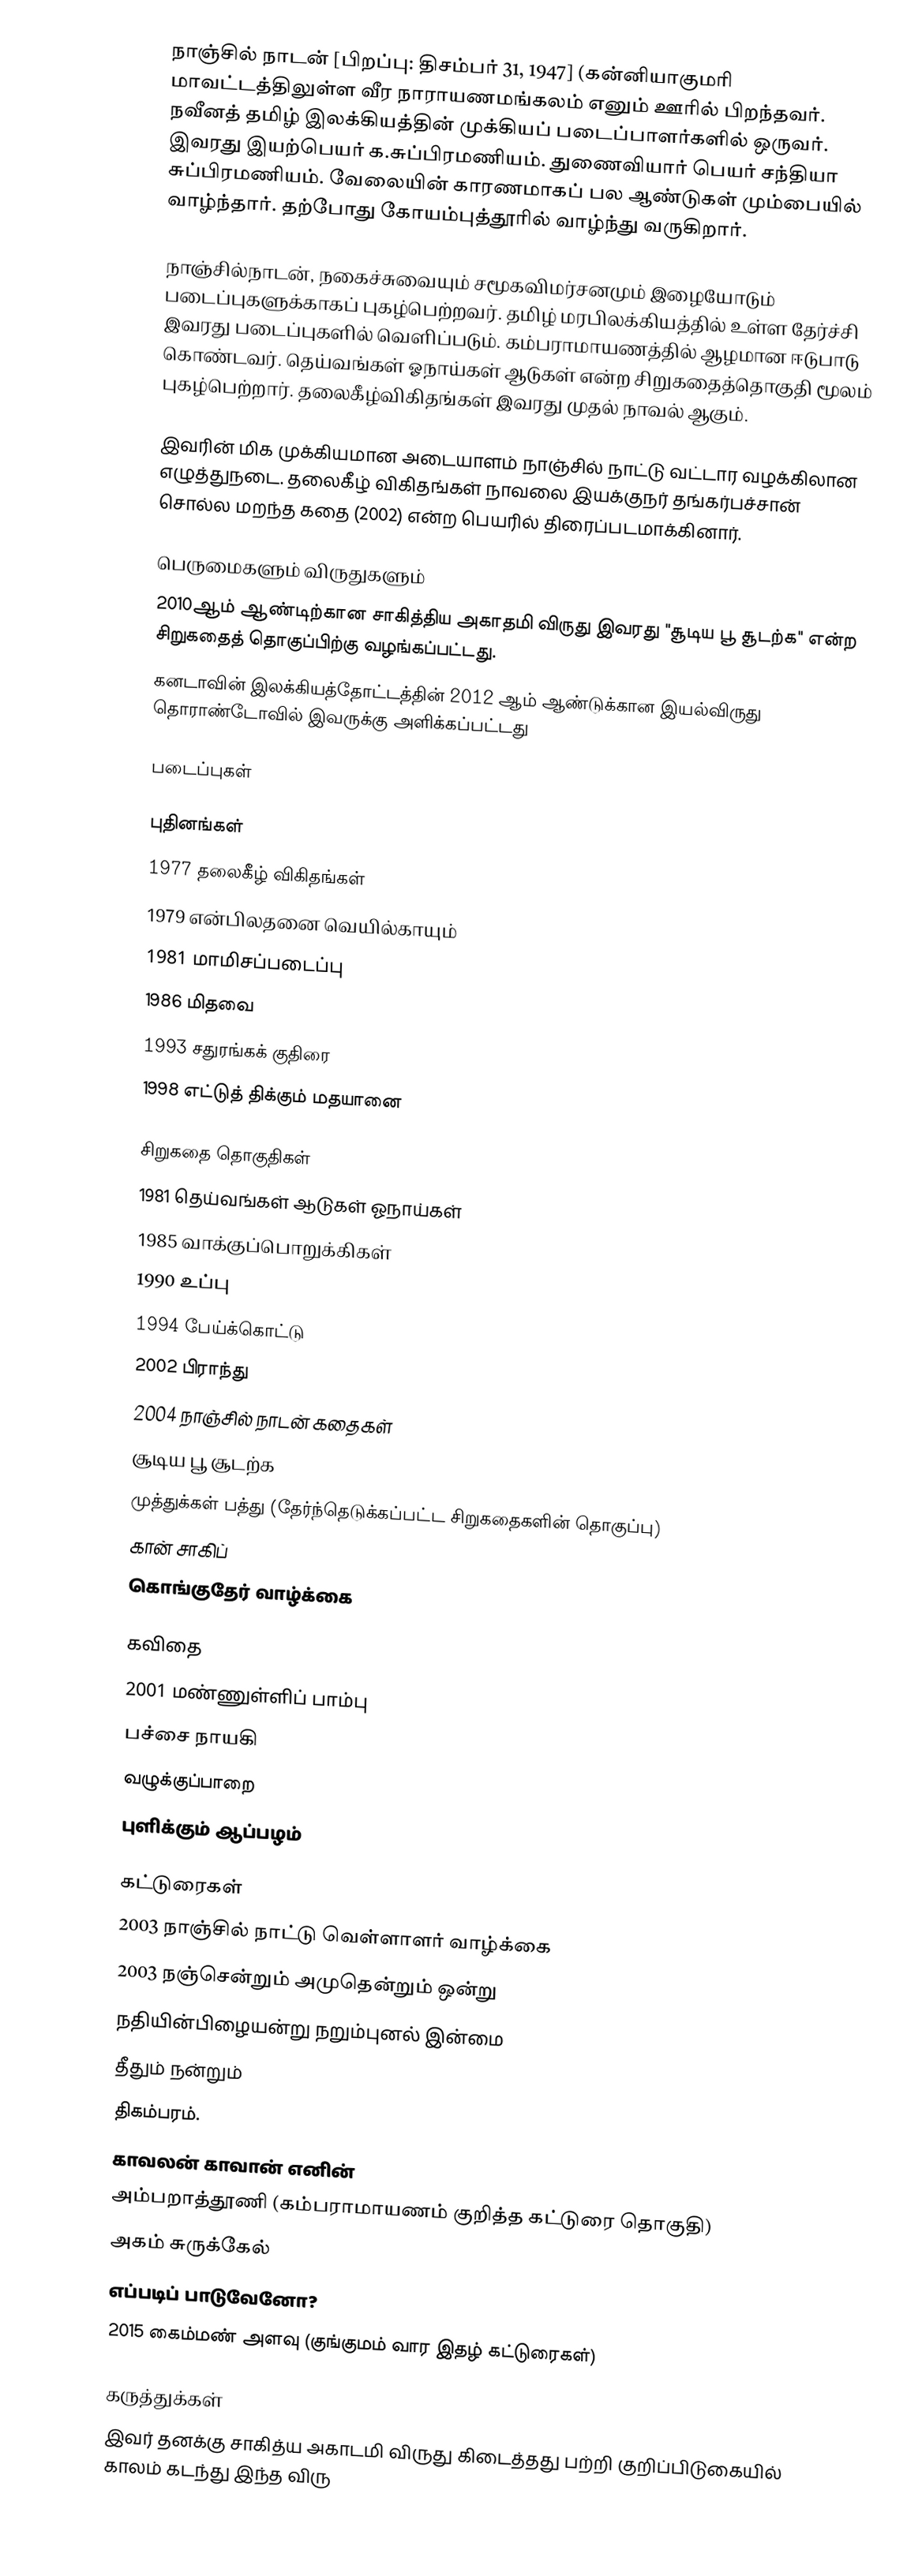
நாஞ்சில் நாடன் [பிறப்பு: திசம்பர் 31, 1947] (கன்னியாகுமரி மாவட்டத்திலுள்ள வீர நாராயணமங்கலம் எனும் ஊரில் பிறந்தவர். நவீனத் தமிழ் இலக்கியத்தின் முக்கியப் படைப்பாளர்களில் ஒருவர். இவரது இயற்பெயர் க.சுப்பிரமணியம். துணைவியார் பெயர் சந்தியா சுப்பிரமணியம். வேலையின் காரணமாகப் பல ஆண்டுகள் மும்பையில் வாழ்ந்தார். தற்போது கோயம்புத்தூரில் வாழ்ந்து வருகிறார்.

நாஞ்சில்நாடன், நகைச்சுவையும் சமூகவிமர்சனமும் இழையோடும் படைப்புகளுக்காகப் புகழ்பெற்றவர். தமிழ் மரபிலக்கியத்தில் உள்ள தேர்ச்சி இவரது படைப்புகளில் வெளிப்படும். கம்பராமாயணத்தில் ஆழமான ஈடுபாடு கொண்டவர். தெய்வங்கள் ஓநாய்கள் ஆடுகள் என்ற சிறுகதைத்தொகுதி மூலம் புகழ்பெற்றார். தலைகீழ்விகிதங்கள் இவரது முதல் நாவல் ஆகும்.

இவரின் மிக முக்கியமான அடையாளம் நாஞ்சில் நாட்டு வட்டார வழக்கிலான எழுத்துநடை. தலைகீழ் விகிதங்கள் நாவலை இயக்குநர் தங்கர்பச்சான் சொல்ல மறந்த கதை (2002) என்ற பெயரில் திரைப்படமாக்கினார்.

பெருமைகளும் விருதுகளும்
2010ஆம் ஆண்டிற்கான சாகித்திய அகாதமி விருது இவரது "சூடிய பூ சூடற்க" என்ற சிறுகதைத் தொகுப்பிற்கு வழங்கப்பட்டது.
 கனடாவின் இலக்கியத்தோட்டத்தின் 2012 ஆம் ஆண்டுக்கான இயல்விருது தொராண்டோவில் இவருக்கு அளிக்கப்பட்டது

படைப்புகள்

புதினங்கள்
 1977 தலைகீழ் விகிதங்கள்
 1979 என்பிலதனை வெயில்காயும்
 1981 மாமிசப்படைப்பு
 1986 மிதவை
 1993 சதுரங்கக் குதிரை
 1998 எட்டுத் திக்கும் மதயானை

சிறுகதை தொகுதிகள்
 1981 தெய்வங்கள் ஆடுகள் ஓநாய்கள்
 1985 வாக்குப்பொறுக்கிகள்
 1990 உப்பு
 1994 பேய்க்கொட்டு
 2002 பிராந்து
 2004 நாஞ்சில் நாடன் கதைகள்
 சூடிய பூ சூடற்க
 முத்துக்கள் பத்து (தேர்ந்தெடுக்கப்பட்ட சிறுகதைகளின் தொகுப்பு)
 கான் சாகிப்
 கொங்குதேர் வாழ்க்கை

கவிதை
 2001 மண்ணுள்ளிப் பாம்பு
 பச்சை நாயகி
 வழுக்குப்பாறை
 புளிக்கும் ஆப்பழம்

கட்டுரைகள்
 2003 நாஞ்சில் நாட்டு வெள்ளாளர் வாழ்க்கை
 2003 நஞ்சென்றும் அமுதென்றும் ஒன்று
 நதியின்பிழையன்று நறும்புனல் இன்மை
 தீதும் நன்றும்
 திகம்பரம்.
 காவலன் காவான் எனின்
 அம்பறாத்தூணி (கம்பராமாயணம் குறித்த கட்டுரை தொகுதி)
 அகம் சுருக்கேல்
 எப்படிப் பாடுவேனோ?
 2015 கைம்மண் அளவு (குங்குமம் வார இதழ் கட்டுரைகள்)

கருத்துக்கள்
இவர் தனக்கு சாகித்ய அகாடமி விருது கிடைத்தது பற்றி குறிப்பிடுகையில் காலம் கடந்து இந்த விரு